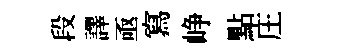
段譯亟寫峥點庄